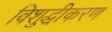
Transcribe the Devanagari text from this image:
विशुद्धीकरण